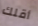
أقلك